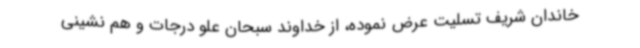
خاندان شریف تسلیت عرض نموده، از خداوند سبحان علو درجات و هم نشینی